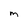
Character: m